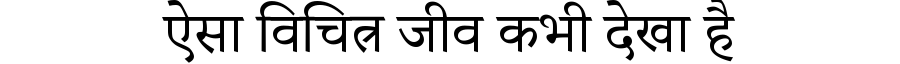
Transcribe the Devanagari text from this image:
ऐसा विचित्र जीव कभी देखा है